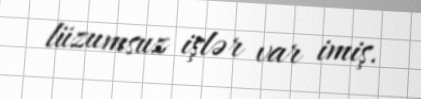
lüzumsuz işlər var imiş.